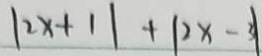
\vert 2 x + 1 \vert + \vert 2 x - 3 \vert